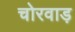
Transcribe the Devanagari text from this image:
चोरवाड़